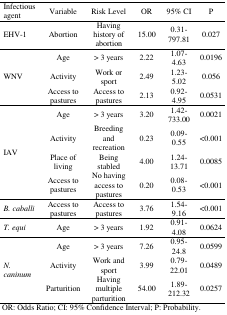
<table><thead><tr><td><b>Infectious agent</b></td><td><b>Variable</b></td><td><b>Risk Level</b></td><td><b>OR</b></td><td><b>95% CI</b></td><td><b>P</b></td></tr></thead><tbody><tr><td>EHV-1</td><td>Abortion</td><td>Having history of abortion</td><td>15.00</td><td>0.31-797.81</td><td>0.027</td></tr><tr><td rowspan="3">WNV</td><td>Age</td><td>&gt; 3 years</td><td>2.22</td><td>1.07-4.63</td><td>0.0196</td></tr><tr><td>Activity</td><td>Work or sport</td><td>2.49</td><td>1.23-5.02</td><td>0.056</td></tr><tr><td>Access to pastures</td><td>Access to pastures</td><td>2.13</td><td>0.92-4.95</td><td>0.0531</td></tr><tr><td rowspan="4">IAV</td><td>Age</td><td>&gt; 3 years</td><td>3.20</td><td>1.42-733.00</td><td>0.0021</td></tr><tr><td>Activity</td><td>Breeding and recreation</td><td>0.23</td><td>0.09-0.55</td><td>&lt;0.001</td></tr><tr><td>Place of living</td><td>Being stabled</td><td>4.00</td><td>1.24-13.71</td><td>0.0085</td></tr><tr><td>Access to pastures</td><td>No having access to pastures</td><td>0.20</td><td>0.08-0.53</td><td>&lt;0.001</td></tr><tr><td><i>B. caballi</i></td><td>Access to pastures</td><td>Access to pastures</td><td>3.76</td><td>1.54-9.16</td><td>&lt;0.001</td></tr><tr><td><i>T. equi</i></td><td>Age</td><td>&gt; 3 years</td><td>1.92</td><td>0.91-4.08</td><td>0.0624</td></tr><tr><td rowspan="3"><i>N. caninum</i></td><td>Age</td><td>&gt; 3 years</td><td>7.26</td><td>0.95-24.8</td><td>0.0599</td></tr><tr><td>Activity</td><td>Work and sport</td><td>3.99</td><td>0.79-22.01</td><td>0.0489</td></tr><tr><td>Parturition</td><td>Having multiple parturition</td><td>54.00</td><td>1.89-212.32</td><td>0.0257</td></tr></tbody></table>